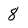
Character: 8